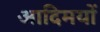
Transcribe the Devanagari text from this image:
आदिमयों